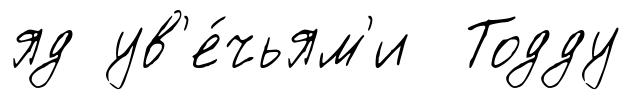
яд ув'е́чьям'и Тодду